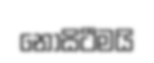
නොසිටීමයි